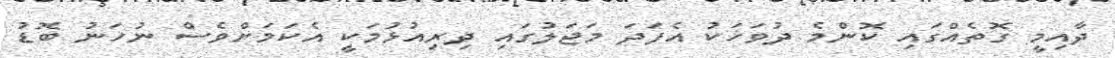
ދާއިމީ ގޮތެއްގައި ކޮންމެ ދުވަހަކު އެފަދަ މަޖަލުގައި ދިރިއުޅުމަކީ އެކަމަށްވެސް ނުހަނު ބޮޑު